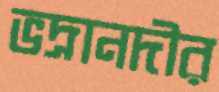
ভদ্রানদীর